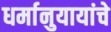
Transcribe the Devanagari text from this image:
धर्मानुयायांचे